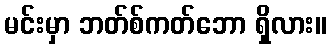
မင်းမှာ ဘတ်စ်ကတ်ဘော ရှိလား။